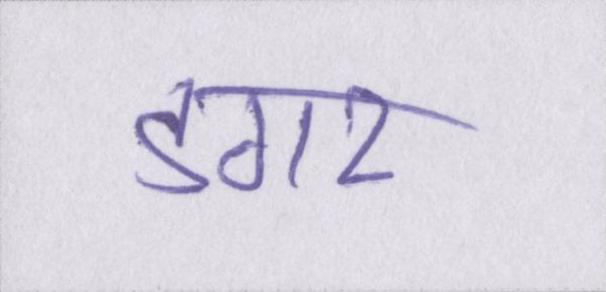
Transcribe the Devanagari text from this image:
डगर